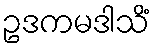
ဥဒကမဒါသိံ